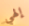
إلهي